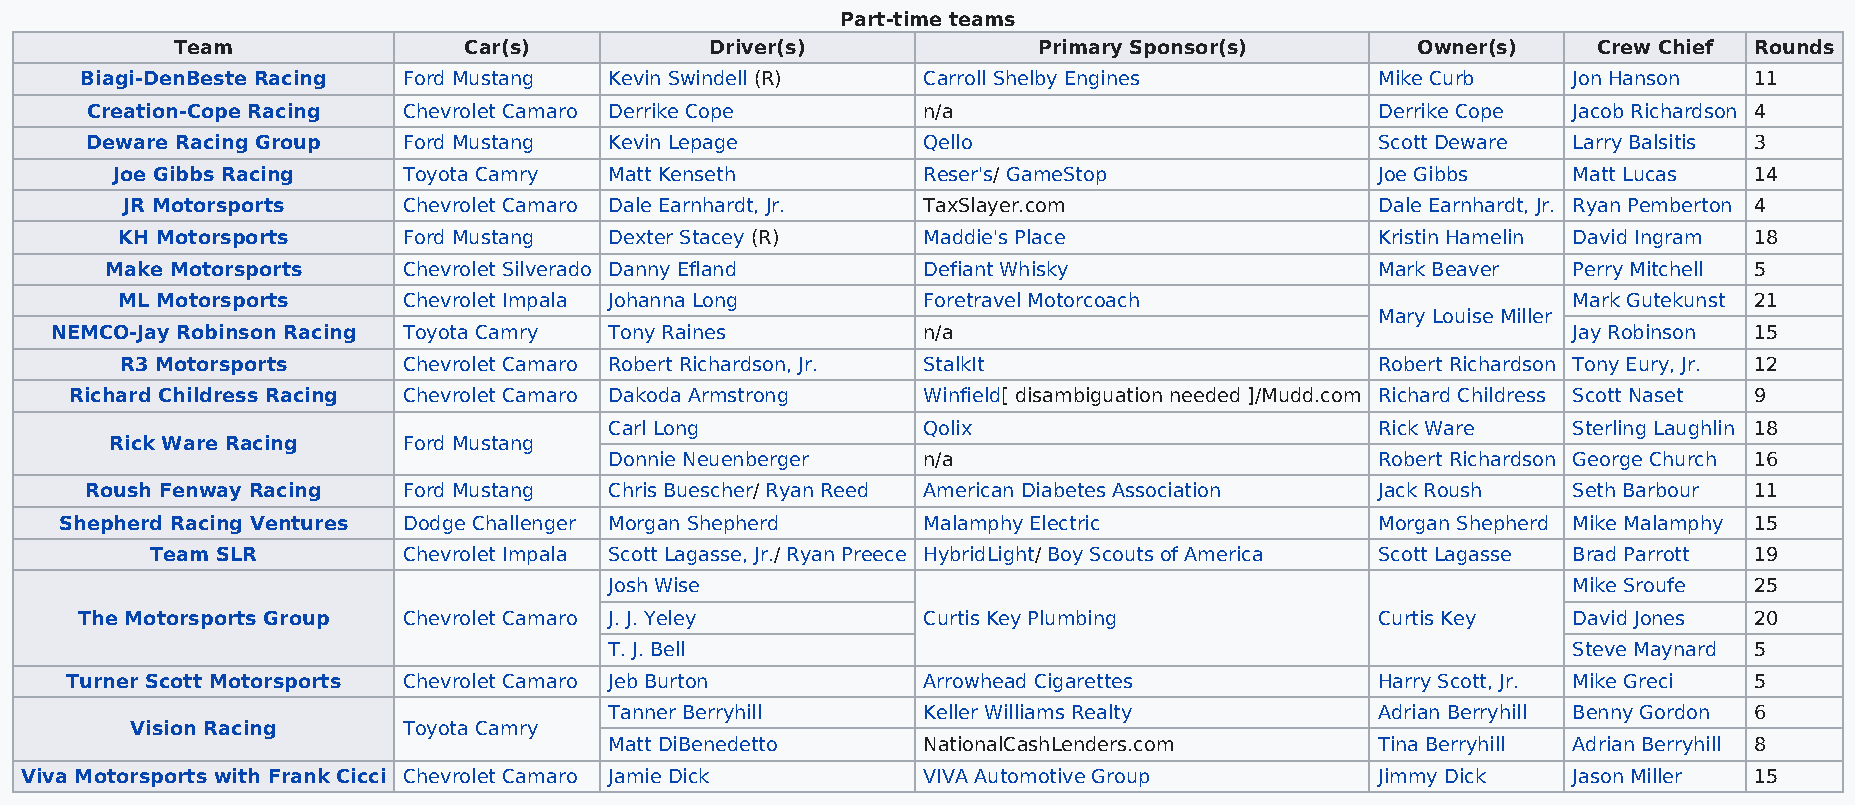
Part-time teams
 Team               Car(s)          Driver(s)             Primary Sponsor(s)       Owner(s)    Crew Chief Rounds
 Biagi-DenBeste Racing Ford Mustang Kevin Swindell (R)   Carroll Shelby Engines        Mike Curb    Jon Hanson  11
 Creation-Cope Racing Chevrolet Camaro Derrike Cope     n/a                           Derrike Cope Jacob Richardson 4
 Deware Racing Group  Ford Mustang Kevin Lepage         Qello                         Scott Deware Larry Balsitis 3
 Joe Gibbs Racing    Toyota Camry Matt Kenseth         Reser's/ GameStop             Joe Gibbs    Matt Lucas  14
 JR Motorsports     Chevrolet Camaro Dale Earnhardt, Jr. TaxSlayer.com              Dale Earnhardt, Jr. Ryan Pemberton 4
 KH Motorsports     Ford Mustang Dexter Stacey (R)    Maddie's Place                Kristin Hamelin David Ingram 18
 Make Motorsports    Chevrolet Silverado Danny Efland  Defiant Whisky                Mark Beaver  Perry Mitchell 5
 ML Motorsports     Chevrolet Impala Johanna Long     Foretravel Motorcoach                      Mark Gutekunst 21
 Mary Louise Miller
 NEMCO-Jay Robinson Racing Toyota Camry Tony Raines        n/a                                        Jay Robinson 15
 R3 Motorsports     Chevrolet Camaro Robert Richardson, Jr. StalkIt                 Robert Richardson Tony Eury, Jr. 12
 Richard Childress Racing Chevrolet Camaro Dakoda Armstrong Winfield[ disambiguation needed ]/Mudd.com Richard Childress Scott Naset 9
 Carl Long            Qolix                         Rick Ware    Sterling Laughlin 18
 Rick Ware Racing    Ford Mustang
 Donnie Neuenberger   n/a                           Robert Richardson George Church 16
 Roush Fenway Racing  Ford Mustang Chris Buescher/ Ryan Reed American Diabetes Association Jack Roush Seth Barbour 11
 Shepherd Racing Ventures Dodge Challenger Morgan Shepherd Malamphy Electric            Morgan Shepherd Mike Malamphy 15
 Team SLR         Chevrolet Impala Scott Lagasse, Jr./ Ryan Preece HybridLight/ Boy Scouts of America Scott Lagasse Brad Parrott 19
 Josh Wise                                                       Mike Sroufe 25
 The Motorsports Group Chevrolet Camaro J. J. Yeley      Curtis Key Plumbing           Curtis Key   David Jones 20
 T. J. Bell                                                      Steve Maynard 5
 Turner Scott Motorsports Chevrolet Camaro Jeb Burton     Arrowhead Cigarettes          Harry Scott, Jr. Mike Greci 5
 Tanner Berryhill     Keller Williams Realty        Adrian Berryhill Benny Gordon 6
 Vision Racing     Toyota Camry
 Matt DiBenedetto     NationalCashLenders.com       Tina Berryhill Adrian Berryhill 8
 Viva Motorsports with Frank Cicci Chevrolet Camaro Jamie Dick VIVA Automotive Group       Jimmy Dick   Jason Miller 15